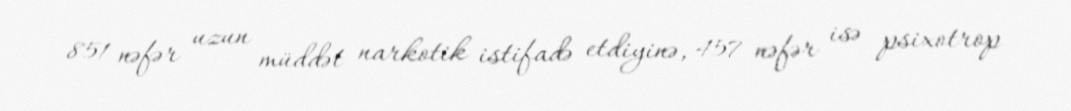
851 nəfər uzun müddət narkotik istifadə etdiyinə, 457 nəfər isə psixotrop